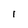
Character: l